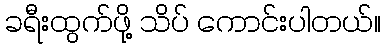
ခရီးထွက်ဖို့ သိပ် ကောင်းပါတယ်။